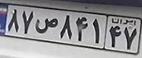
۸۷ص۸۴۱۴۷